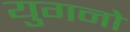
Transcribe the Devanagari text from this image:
युगनो